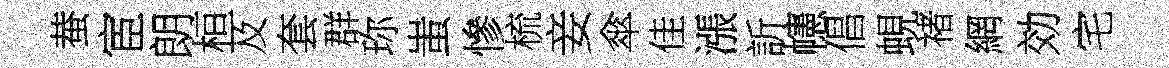
蛬宦朗桓及套群珎蚩慘梳妾傘佳漲訢幰倡蜆禇網効宅